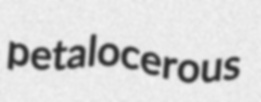
petalocerous